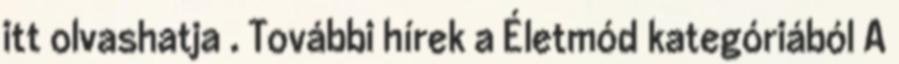
itt olvashatja . További hírek a Életmód kategóriából A